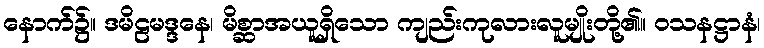
နောက်၌။ ဒမိဠမဒ္ဒနေ၊ မိစ္ဆာအယူရှိသော ကျည်းကုလားလူမျိုးတို့၏။ ဝသနဋ္ဌာနံ၊